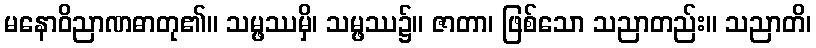
မနောဝိညာဏဓာတု၏။ သမ္ဖဿမှိ၊ သမ္ဖဿ၌။ ဇာတာ၊ ဖြစ်သော သညာတည်း။ သညာတိ၊